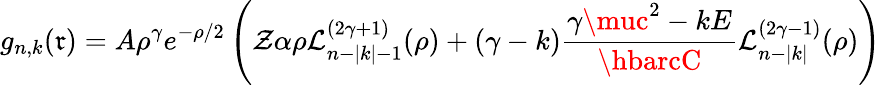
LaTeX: g_{n,k}(\mathfrak{r})=A\rho^{\gamma}e^{-\rho/2}\left(\mathcal{Z}\alpha\rho\mathcal{L}_{n-|k|-1}^{(2\gamma+1)}(\rho)+(\gamma-k){\frac{{\gamma\muc^{2}-kE}}{{\hbarcC}}}\mathcal{L}_{n-|k|}^{(2\gamma-1)}(\rho)\right)